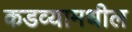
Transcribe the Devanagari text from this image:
कडव्यामधील